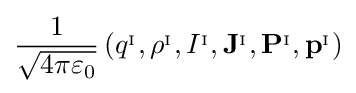
{\frac {1}{\sqrt {4\pi \varepsilon _{0}}}}\left(q^{_{\mathrm {I} }},\rho ^{_{\mathrm {I} }},I^{_{\mathrm {I} }},\mathbf {J} ^{_{\mathrm {I} }},\mathbf {P} ^{_{\mathrm {I} }},\mathbf {p} ^{_{\mathrm {I} }}\right)